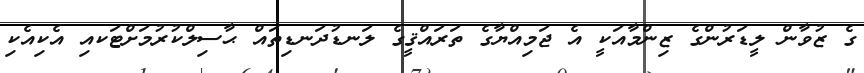
ގެ ޒުވާން ލީޑަރުންގެ ޒިންމާއަކީ އެ ޖަމިއްޔާގެ ތަރައްޤީގެ ލަނޑުދަނޑިތައް ޙާސިލްކުރުމަށްޓަކއި އެކިއެކި